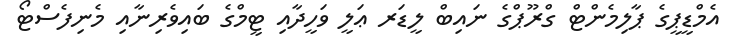
އެމްޑީޕީގެ ޕާލިމެންޓް ގްރޫޕްގެ ނައިބް ލީޑަރ ޢަލީ ވަހީދާއި ޓީމްގެ ބައިވެރިނާއި މެނިފެސްޓޯ